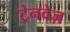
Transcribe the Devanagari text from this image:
ट्रेनवेज़